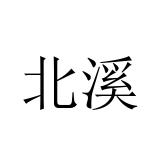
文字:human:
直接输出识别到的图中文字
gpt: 北溪